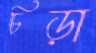
চিড়া